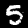
Digit: 5